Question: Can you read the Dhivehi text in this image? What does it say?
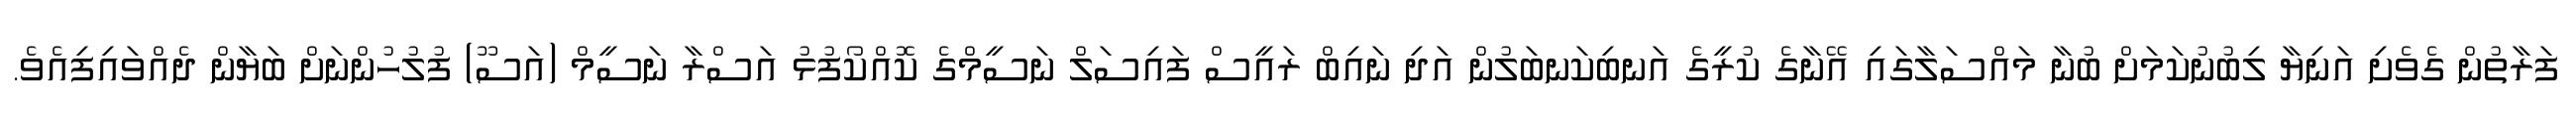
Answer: ފަރާތުން ގެވެށި އަނިޔާ ލިބުނުކަމަށް ބުނާ މައްސަލާގައި އޭނާގެ ކުރީގެ އަނބިކަނބަލުން އަދި ނައިބް ރައީސް ފައިސަލް ނަސީމްގެ ކޮއްކޯފުޅު އަސްރާ ނަސީމް (އަސޫ) ފުލުހުންނަށް ބަޔާން ދެއްވައިފިއެވެ.